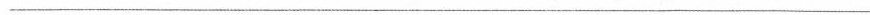
___